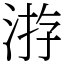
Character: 㳺